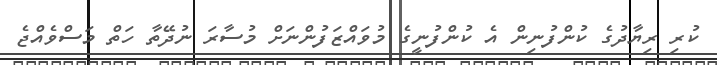
ކުރި ރިޔާދުގެ ކުންފުނިން އެ ކުންފުނީގެ މުވައްޒަފުންނަށް މުސާރަ ނުދޭތާ ހަތް މަސްވެއްޖެ